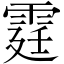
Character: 霆